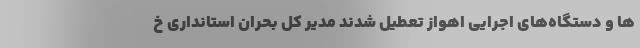
ها و دستگاه‌های اجرایی اهواز تعطیل شدند مدیر کل بحران استانداری خ